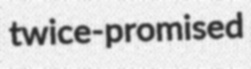
twice-promised